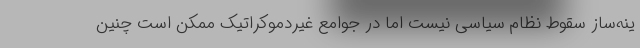
ینه‌ساز سقوط نظام سیاسی نیست اما در جوامع غیردموکراتیک ممکن است چنین